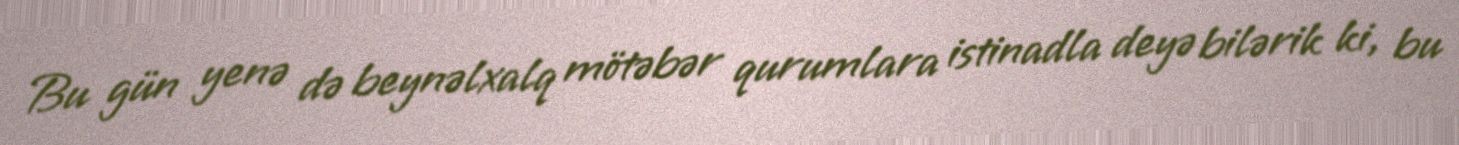
Bu gün yenə də beynəlxalq mötəbər qurumlara istinadla deyə bilərik ki, bu